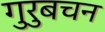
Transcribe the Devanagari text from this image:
गुरुबचन